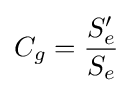
C_{g}={\frac {S'_{e}}{S_{e}}}